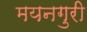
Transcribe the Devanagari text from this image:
मयनगुरी